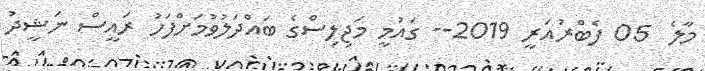
މާލެ  05 ފެބްރުއަރީ 2019-- ގައުމީ މަޖިލިސްގެ ބައްދަލުވުމަށްފަހު ރައީސް ނަޝީދު